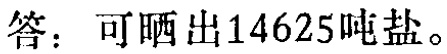
答：可晒出14625吨盐。